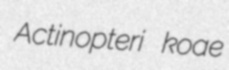
Actinopteri koae